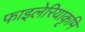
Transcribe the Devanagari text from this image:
फाइलेरियाकृमि